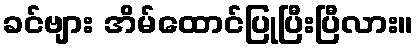
ခင်ဗျား အိမ်ထောင်ပြုပြီးပြီလား။